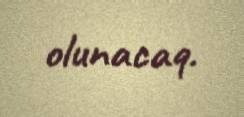
olunacaq.